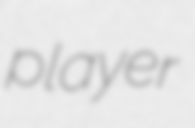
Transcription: player